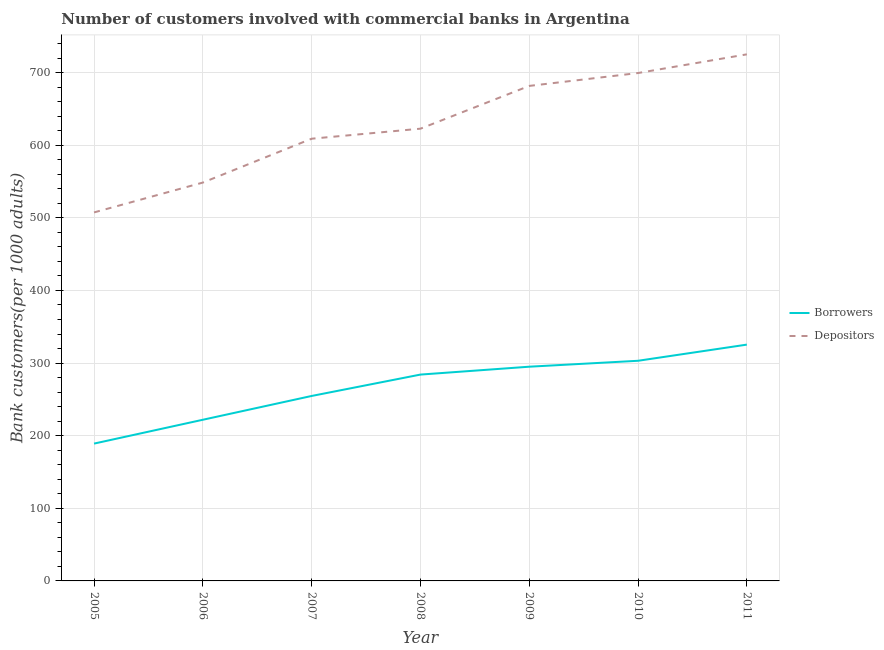
| Year | Borrowers | Depositors |
 | --- | --- | --- |
 | 2005 | 189 | 507 |
 | 2006 | 222 | 549 |
 | 2007 | 255 | 609 |
 | 2008 | 284 | 623 |
 | 2009 | 295 | 682 |
 | 2010 | 303 | 699 |
 | 2011 | 325 | 725 |